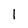
Character: I